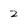
Character: 2